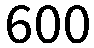
600